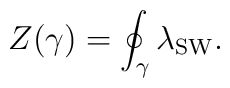
Z(\gamma) = \oint_\gamma \lambda_{\rm SW} .